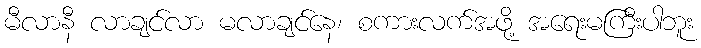
မီလာနီ လာချင်လာ မလာချင်နေ၊ စကားလက်အဖို့ အရေးမကြီးပါဘူး